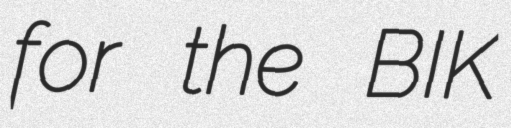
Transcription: for the BIK